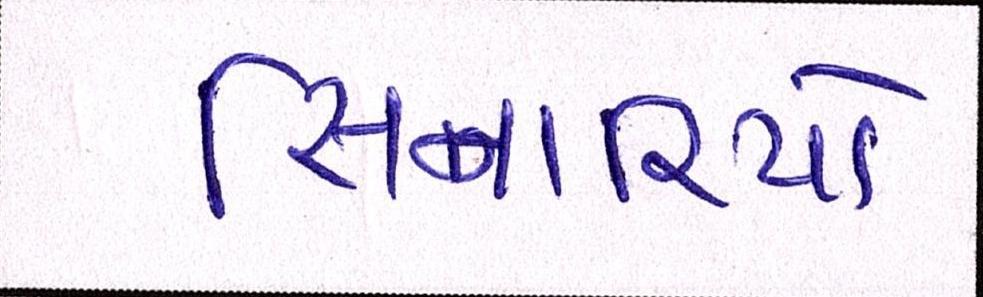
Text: સિનારિયો